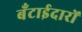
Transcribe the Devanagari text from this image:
बँटाईदारों